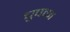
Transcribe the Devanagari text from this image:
चुपका